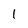
Character: 1